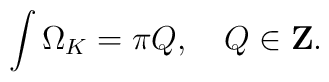
\int \Omega_K = \pi Q, \quad Q \in {\bf Z} .